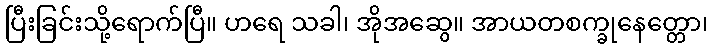
ပြီးခြင်းသို့ရောက်ပြီ။ ဟရေ သခါ၊ အိုအဆွေ။ အာယတစက္ခုနေတ္တော၊